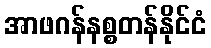
အာဖဂန်နစ္စတန်နိုင်ငံ